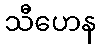
သီဟေန